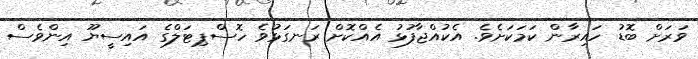
ވަރަށް ބޮޑު ހައިރާން ކަމަކަށެވެ. އެކުއްޖާފުޅު އެއްކޮށް ރަނގަޅުވެ ހޮސްޕިޓަލްގެ އައިސީޔޫ އިންވެސް